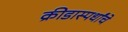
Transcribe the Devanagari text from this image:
क्रीडास्पर्धांचे